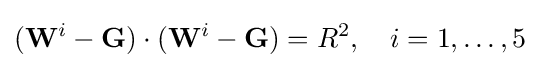
(\mathbf {W} ^{i}-\mathbf {G} )\cdot (\mathbf {W} ^{i}-\mathbf {G} )=R^{2},\quad i=1,\ldots ,5